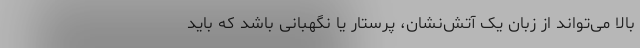
بالا می‌تواند از زبان یک آتش‌نشان، پرستار یا نگهبانی باشد که باید